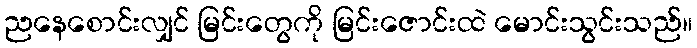
ညနေစောင်းလျှင် မြင်းတွေကို မြင်းဇောင်းထဲ မောင်းသွင်းသည်။